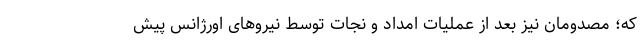
که؛ مصدومان نیز بعد از عملیات امداد و نجات توسط نیروهای اورژانس پیش